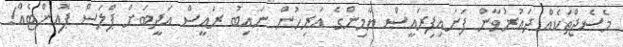
މެސެޖްތަކެއް ދައުރުވާން ފަށައިފިރައީސް ޔާމިންގެ އަރިހުން ނައިބު ރައީސް އަދީބަށް ޕްލަސް ޕޮއިންޓެއް!